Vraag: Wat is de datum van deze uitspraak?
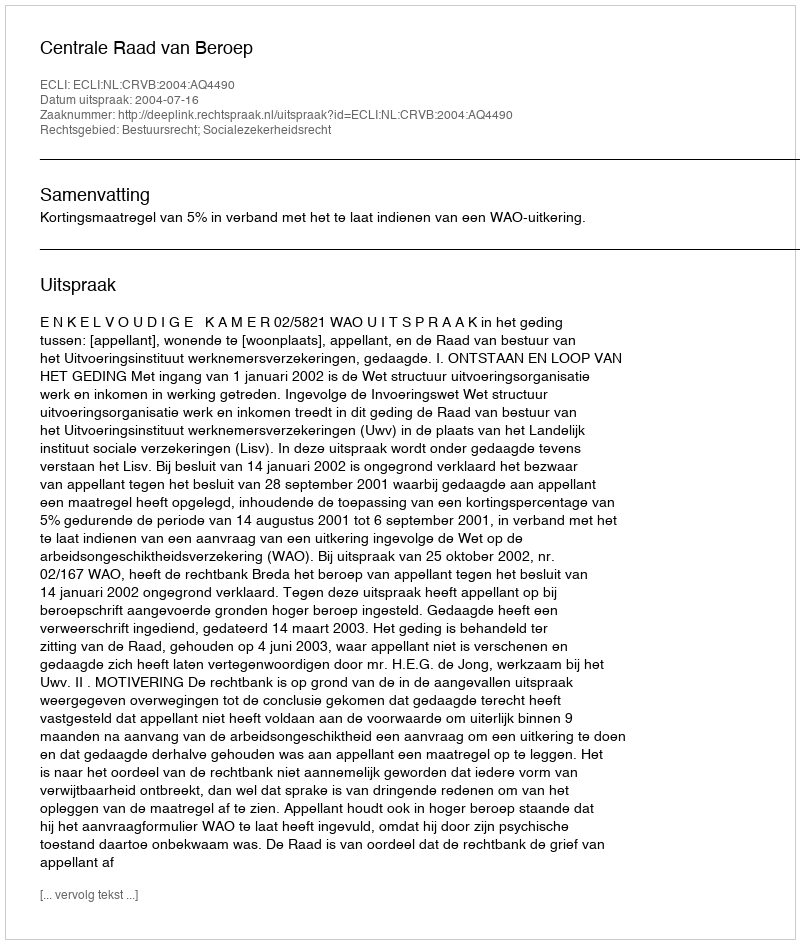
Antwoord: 2004-07-16